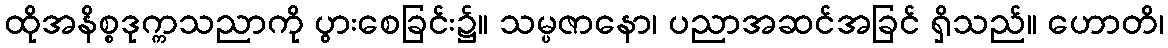
ထိုအနိစ္စဒုက္ကသညာကို ပွားစေခြင်း၌။ သမ္ပဇာနော၊ ပညာအဆင်အခြင် ရှိသည်။ ဟောတိ၊